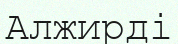
Алжирді